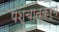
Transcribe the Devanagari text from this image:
पश्चात्कर्म